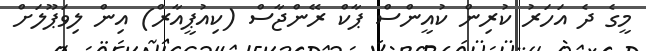
މީގެ ދެ އަހަރު ކުރިން ކުއީންސް ޕާކް ރޭންޖާސް (ކިއުޕީއާރް) އިން ލިވަޕޫލަށް